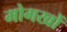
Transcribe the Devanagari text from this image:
मोगखों